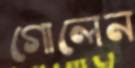
গোলেন